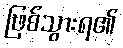
ဖြစ်သွားရ၏